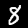
Digit: 8